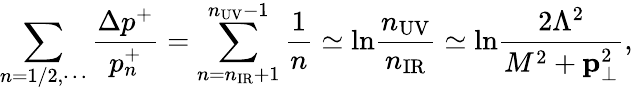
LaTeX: \sum_{n=1/2,\cdots}{\frac{\Delta p^{+}}{p_{n}^{+}}}=\sum_{n=n_{\mathrm{IR}}+1}^{n_{\mathrm{UV}}-1}\frac{1}{n}\simeq\mathrm{ln}\frac{n_{\mathrm{UV}}}{n_{\mathrm{IR}}}\simeq\mathrm{ln}\frac{2\Lambda^{2}}{M^{2}+{\mathbf p}_{\bot}^{2}},